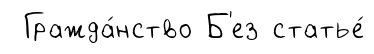
Гражда́нство Б'ез статье́